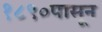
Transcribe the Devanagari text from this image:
१८९०पासून